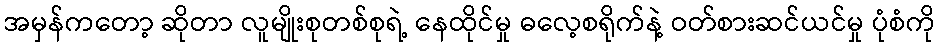
အမှန်ကတော့ ဆိုတာ လူမျိုးစုတစ်စုရဲ့ နေထိုင်မှု ဓလေ့စရိုက်နဲ့ ဝတ်စားဆင်ယင်မှု ပုံစံကို